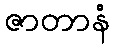
ဇာတာနံ